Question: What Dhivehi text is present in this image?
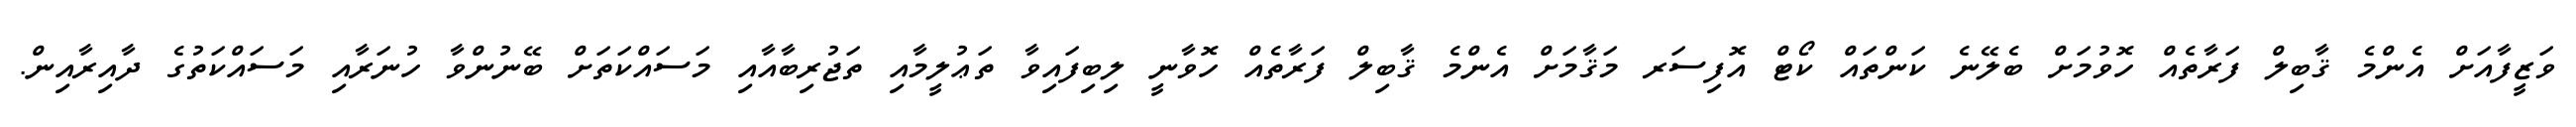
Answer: ވަޒީފާއަށް އެންމެ ޤާބިލް ފަރާތެއް ހޮވުމަށް ބެލޭނެ ކަންތައް ކޯޓް އޮފިސަރ މަޤާމަށް އެންމެ ޤާބިލް ފަރާތެއް ހޮވާނީ ލިބިފައިވާ ތަޢުލީމާއި ތަޖުރިބާއާއި މަސައްކަތަށް ބޭނުންވާ ހުނަރާއި މަސައްކަތުގެ ދާއިރާއިން.